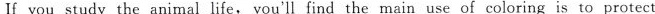
If you study the animal life, you'll find the main use of coloring is to protect